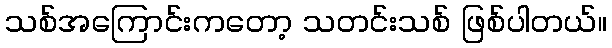
သစ်အကြောင်းကတော့ သတင်းသစ် ဖြစ်ပါတယ်။